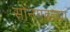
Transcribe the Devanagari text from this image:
सोनगडच्या